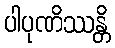
ပါပုဏိဿန္တိ